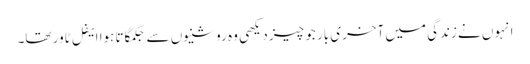
انہوں نے زندگی میں آخری بار جو چیز دیکھی وہ روشنیوں سے جگمگاتا ہوا ایفل ٹاور تھا۔